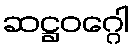
ဆဋ္ဌဝဂ္ဂေါ